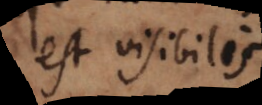
est visibilis